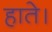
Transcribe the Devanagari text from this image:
हाते।